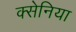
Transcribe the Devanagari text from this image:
क्सेनिया